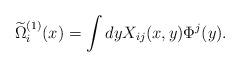
LaTeX: \begin{align*}\widetilde{\Omega}_i^{(1)}(x) = \int dy X_{ij}(x,y)\Phi^j(y).\end{align*}